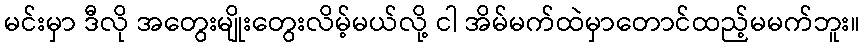
မင်းမှာ ဒီလို အတွေးမျိုးတွေးလိမ့်မယ်လို့ ငါ အိမ်မက်ထဲမှာတောင်ထည့်မမက်ဘူး။